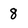
Character: 8